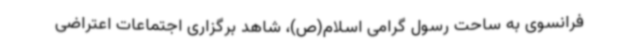
فرانسوی به ساحت رسول گرامی اسلام(ص)، شاهد برگزاری اجتماعات اعتراضی